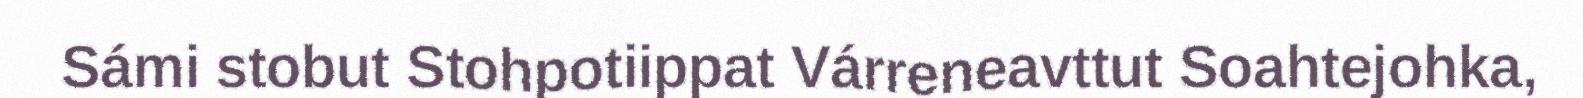
Sámi stobut Stohpotiippat Várreneavttut Soahtejohka,